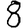
Digit: 8